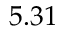
5 . 3 1